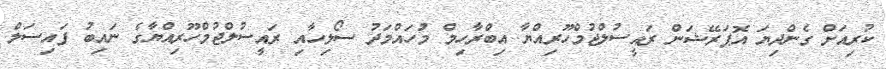
ކުރިއަށް ގެންދިޔަ އޮޕަރޭޝަން ރައީސުލްޖުމްހޫރިއްޔާ އިބްރާހިމް މުހައްމަދު ސޯލިހާއި ރައީސުލްޖުމްހޫރިއްޔާގެ ނައިބު ފައިސަލް